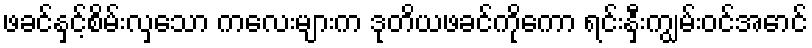
ဖခင်နှင့်စိမ်းလှသော ကလေးများက ဒုတိယဖခင်ကိုကော ရင်းနှီးကျွမ်းဝင်အောင်